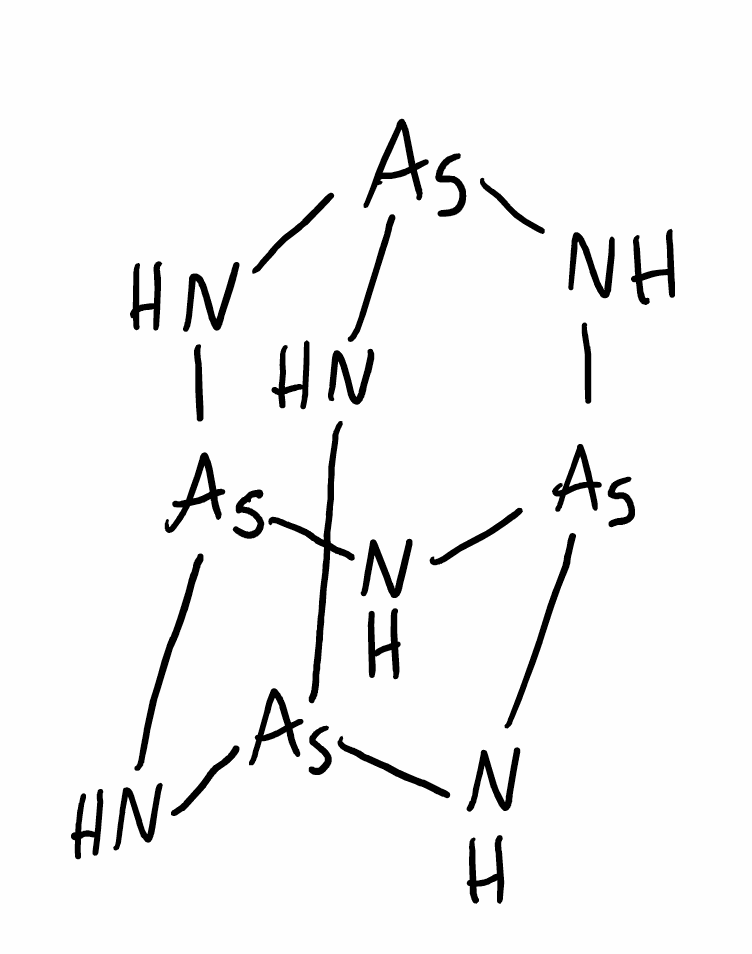
Simplified molecular-input line-entry system (SMILES) notation of the given molecule:
N1[As]2N[As]3N[As]1N[As](N2)N3